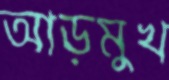
আড়মুখ